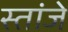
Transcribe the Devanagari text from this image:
स्तांजे